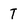
Character: T